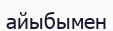
айыбымен